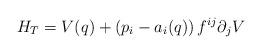
LaTeX: \begin{align*}H_T=V(q)+\left(p_i-a_i(q) \right) f^{ij} \partial _j V \end{align*}